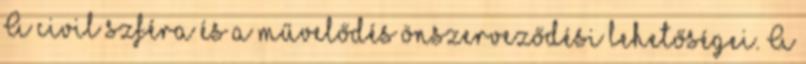
A civil szféra és a művelődés önszerveződési lehetőségei. A